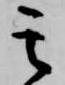
其